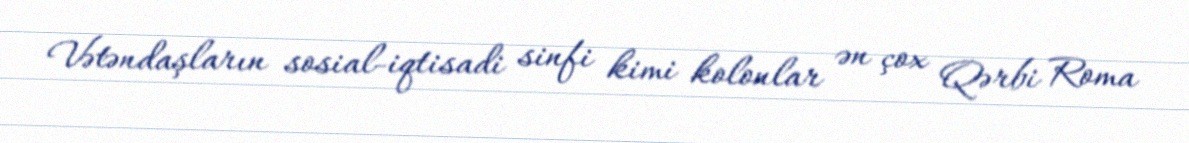
Vətəndaşların sosial-iqtisadi sinfi kimi kolonlar ən çox Qərbi Roma